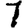
Digit: 1